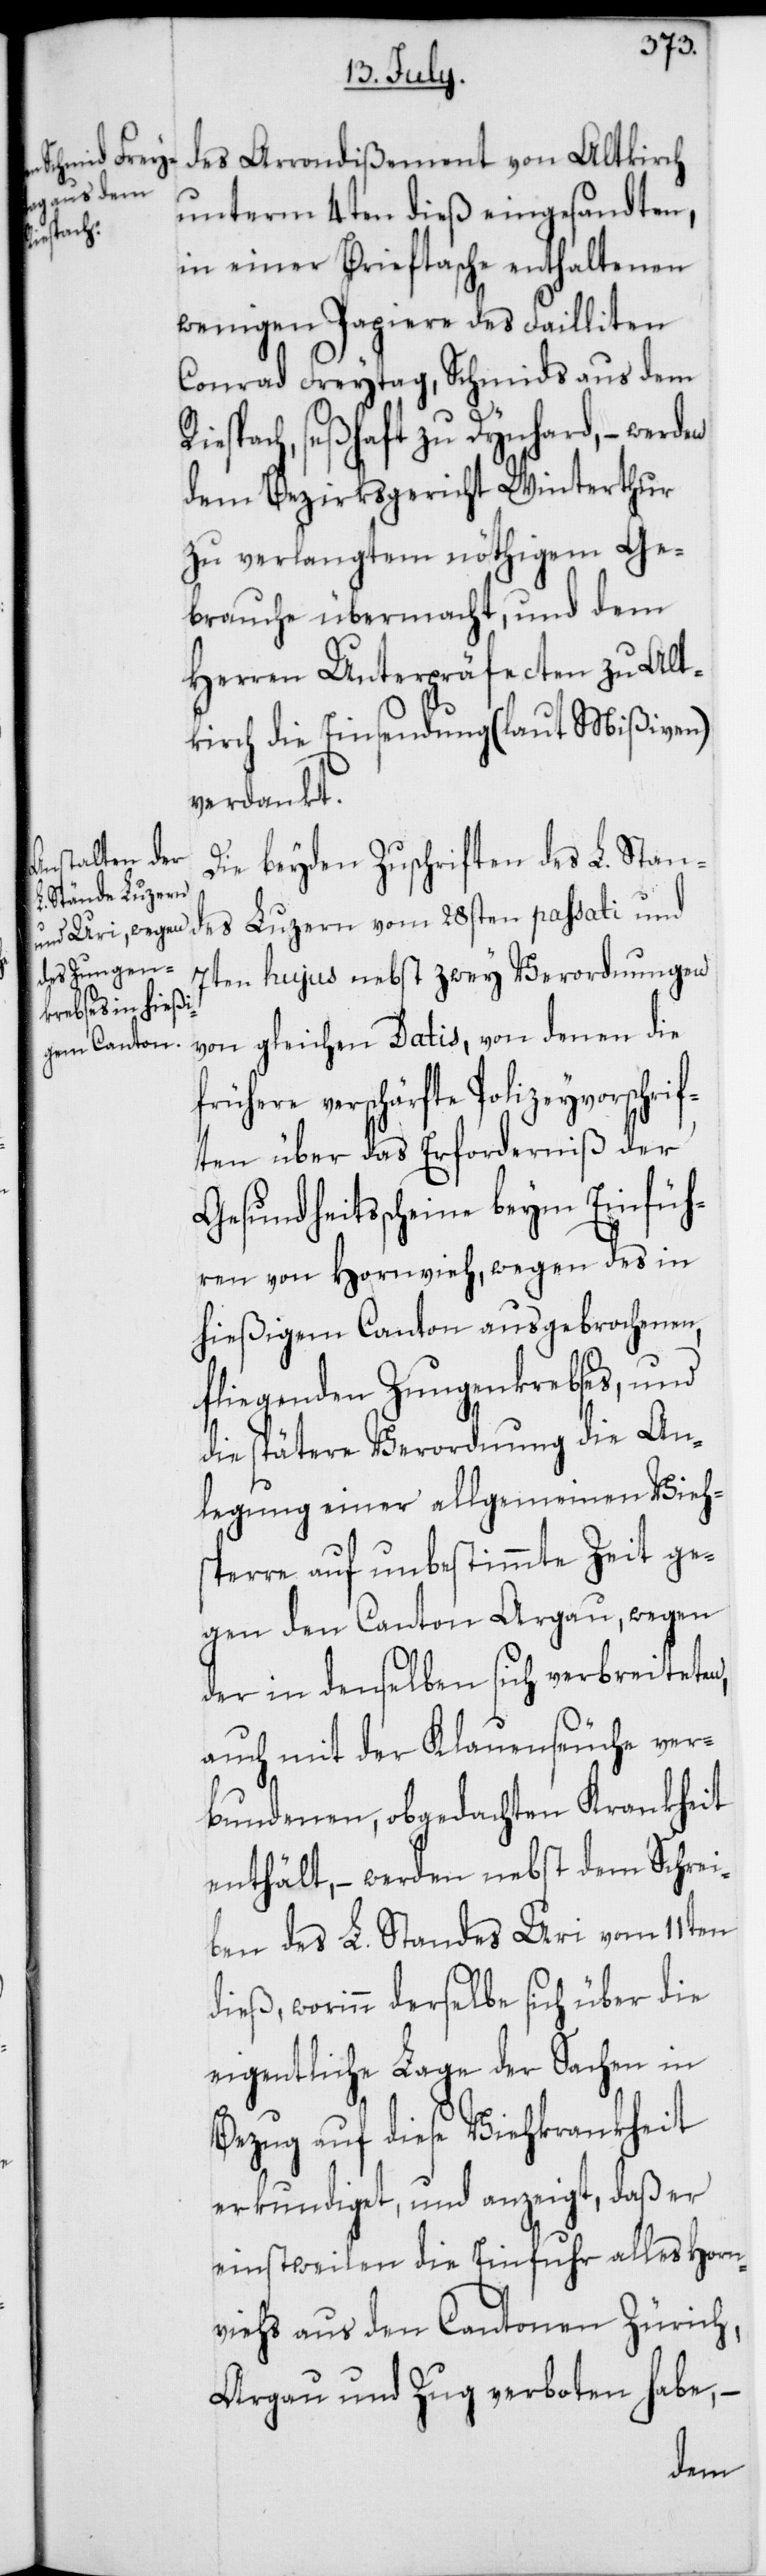
R¬

des Arondißement von Altkirch
unterm 4ten dieß eingesandten,
in einer Brieftasche enthaltenen
wenigen Papiere des Failliten
Conrad Freytag, Schmieds aus dem
iespach, seßhaft zu Dynhard, – wer¬
dem Bezirksgericht Winterthur
zu verlangtem nöthigen Ge¬
brauche übermacht, und dem
Herren Unterpräfecten zu Alt¬
kirch die Einsendung (laut Mißiven)
verdankt.
Die beyden Zuschriften des L. Stan¬
des Luzern vom 28sten passati und
7ten hujus nebst zwey Verordnungen
von gleichen Datis, von denen die
verschärfte Polizeyvorschrif¬
ten über das Erforderniß der
Gesundheitsscheine beym Einfüh¬
ren von Hornvieh, wegen des in
hießigem Canton ausgebrochenen,
fligenden Zungenkrebses, und
die spätere Verordnung die An¬
legung einer allgemeinen Vieh¬
sperre auf unbestimmte Zeit ge¬
gen den Canton Argau, wegen
der in denselben sich verbreiteten,
auch mit der Klauenseuche ver¬
bundenen, obgedachten Krankheit
enthält, – werden nebst dem Schrei¬
ben des L. Standes Uri vom 11ten
dieß, worinn derselbe sich über die
eigentliche Lage der Sachen in
Bezug auf diese Viehrankheit
erkundiget, und anzeigt, daß er
einstweilen die Einfuhr alles Horn¬
viehs aus den Cantonen Zürich,
Argau und Zug verboten habe,
den